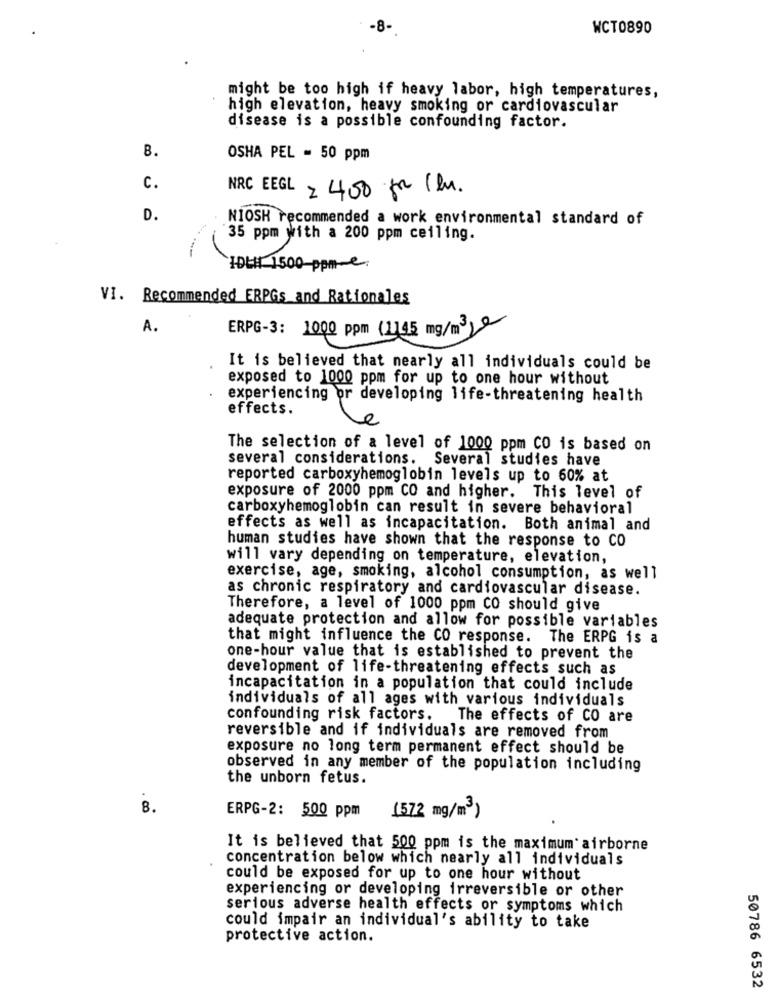
-8-
WCT0890
might be too high if heavy labor, high temperatures,
high elevation, heavy smoking or cardiovascular
disease is a possible confounding factor.
B.
OSHA PEL = 50 ppm
C.
NRC EEGL =400 for 1en.
D.
NIOSH recommended a work environmental standard of
35 ppm with a 200 ppm ceiling.
IDEH 1500-ppm-e.
VI. Recommended ERPGs and Rationales
A.
ERPG-3: 1000 ppm (1145 mg/m3 20
It is believed that nearly all individuals could be
exposed to 1000 ppm for up to one hour without
experiencing or developing life-threatening health
effects.
The selection of a level of 1000 ppm CO is based on
several considerations. Several studies have
reported carboxyhemoglobin levels up to 60% at
exposure of 2000 ppm CO and higher. This level of
carboxyhemoglobin can result in severe behavioral
effects as well as incapacitation. Both animal and
human studies have shown that the response to CO
will vary depending on temperature, elevation,
exercise, age, smoking, alcohol consumption, as well
as chronic respiratory and cardiovascular disease.
Therefore, a level of 1000 ppm CO should give
adequate protection and allow for possible variables
that might influence the CO response. The ERPG is a
one-hour value that is established to prevent the
development of life-threatening effects such as
incapacitation in a population that could include
individuals of all ages with various individuals
confounding risk factors.
The effects of CO are
reversible and if individuals are removed from
exposure no long term permanent effect should be
observed in any member of the population including
the unborn fetus.
8 .
(572 mg/m3)
ERPG-2: 500 ppm
It is believed that 500 ppm is the maximum airborne
concentration below which nearly all individuals
could be exposed for up to one hour without
experiencing or developing irreversible or other
serious adverse health effects or symptoms which
could impair an individual's ability to take
protective action.
50786 6532